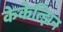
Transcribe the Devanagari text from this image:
केकेत्झिन